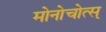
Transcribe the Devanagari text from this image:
मोनोचोत्स्